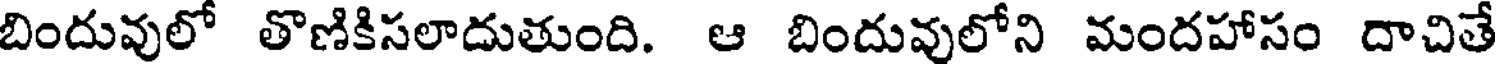
బిందువులో తొణికిసలాదుతుంది. ఆ బిందువులోని మందహాసం దాచితే